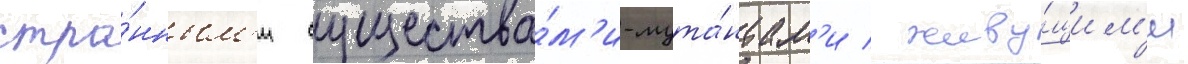
стра́нным'и существа́м'и-мута́нтам'и / живу́щим'и